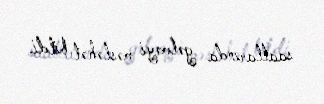
saatlarında gəlməyi məsləhət bildi.